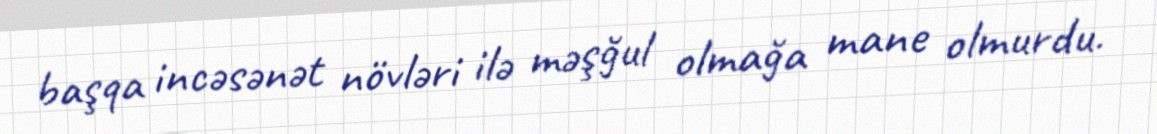
başqa incəsənət növləri ilə məşğul olmağa mane olmurdu.